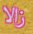
زالا